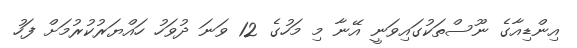
އިންޑިއާގެ ނޫސްތަކުގައިވަނީ އޭނާ މި މަހުގެ 12 ވަނަ ދުވަހު ހައްޔަރުކުރުމަށް ފަހު